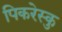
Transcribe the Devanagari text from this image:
पिकरेस्कु